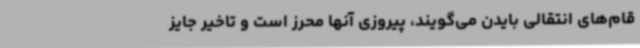
قام‌های انتقالی بایدن می‌گویند، پیروزی آنها محرز است و تاخیر جایز